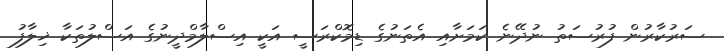
ސަރުކާރުން ފުރުސަތު ނުދޭނެ ކަމަށާއި އެތަނުގެ ޑިމޮކްރަސީ އަކީ އިސްލާމްދީނުގެ އަސްލުތަކާ ޚިލާފު